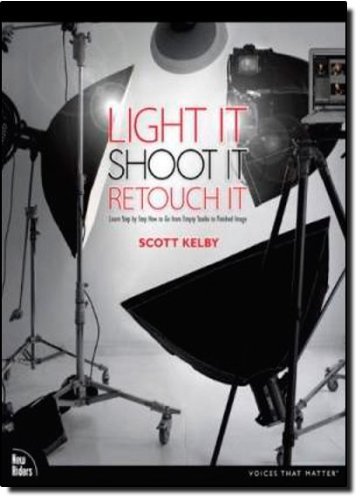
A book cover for Light It, Shoot It, Retouch It: Learn Step by Step How to Go from Empty Studio to Finished Image (Voices That Matter); Scott Kelby; Arts & Photography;